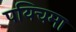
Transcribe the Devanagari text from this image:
पयिचमा